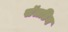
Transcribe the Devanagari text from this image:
सॅलडिन